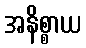
အနိစ္စာယ